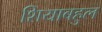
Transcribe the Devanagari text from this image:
शियाबहुल